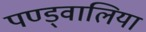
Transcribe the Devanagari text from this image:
पण्ड्वालिया